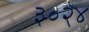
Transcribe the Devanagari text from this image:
३०२४